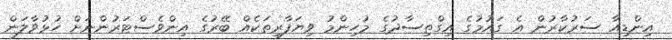
އިންޑިއާ ސަރުކާރުން އެ ގައުމުގެ އިގްތިސާދުގެ މުހިންމު ވިޔަފާރިތަކެއް ބޭރުގެ އިންވެސްޓަރުންނަށް ހުޅުވާލަން